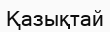
Қазықтай